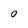
Character: 0